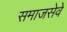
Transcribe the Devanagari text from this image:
समाजसेवे